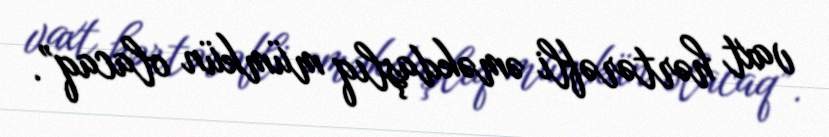
vaxt hərtərəfli əməkdaşlıq mümkün olacaq”.